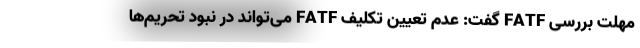
مهلت بررسی FATF گفت: عدم تعیین تکلیف FATF می‌تواند در نبود تحریم‌ها